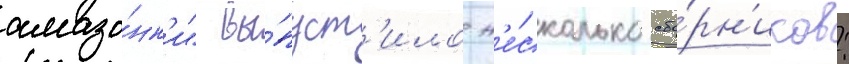
амазо́нк'и" вы́пуст'ило н'е́сколько сбо́рн'иков: